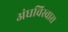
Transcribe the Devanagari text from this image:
अंधविस्वास